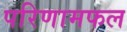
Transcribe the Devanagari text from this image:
परिणामफल